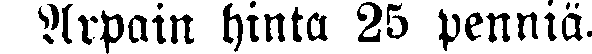
Arpain hinta 25 penniä.